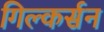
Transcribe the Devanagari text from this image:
गिल्कर्सन